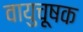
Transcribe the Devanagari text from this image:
वायुचूषक